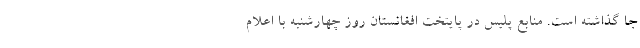
جا گذاشته است. منابع پلیس در پایتخت افغانستان روز چهارشنبه با اعلام